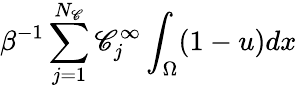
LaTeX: \beta^{-1}\sum_{j=1}^{N_{\mathscr{C}}}\mathscr{C}_{j}^{\infty}\int_{\Omega}(1-u)dx